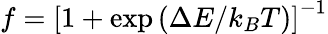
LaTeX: f=\left[1+\exp\left(\Delta E/k_{B}T\right)\right]^{-1}